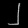
Digit: ၂